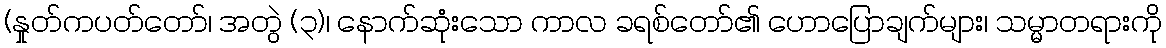
(နှုတ်ကပတ်တော်၊ အတွဲ (၃)၊ နောက်ဆုံးသော ကာလ ခရစ်တော်၏ ဟောပြောချက်များ၊ သမ္မာတရားကို